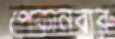
পেকানবারু